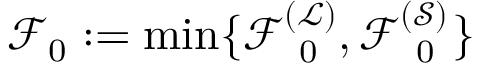
\mathcal { F } _ { 0 } : = \operatorname* { m i n } \{ \mathcal { F } _ { \mathrm { ~ 0 ~ } } ^ { ( \mathcal { L } ) } , \mathcal { F } _ { \mathrm { ~ 0 ~ } } ^ { ( \mathcal { S } ) } \}